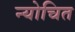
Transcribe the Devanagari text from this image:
न्योचित